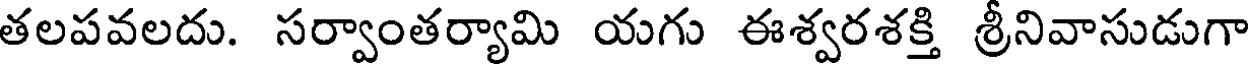
తలపవలదు. సర్వాంతర్యామి యగు ఈశ్వరశక్తి శ్రీనివాసుడుగా